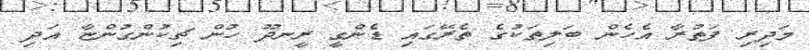
މަދިރި ފަތުރާ އެހެން ބަލިތަކުގެ ތެރޭގައި ޑެންގީ ރީނދޫ ހުން ޗިކުންގުންޏާ އަދި